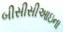
બીસીસીઆઇના